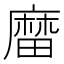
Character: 𪎟